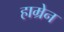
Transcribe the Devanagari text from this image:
हाम्रेन